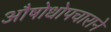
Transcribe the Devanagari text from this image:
औषोधोपचाराने